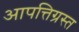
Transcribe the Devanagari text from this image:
आपत्तिग्रस्त